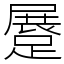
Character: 𨃨